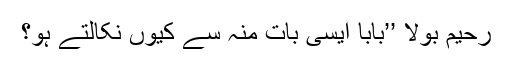
رحیم بولا ’’بابا ایسی بات منہ سے کیوں نکالتے ہو؟